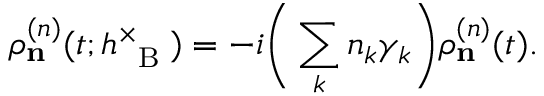
\rho _ { \bf n } ^ { ( n ) } ( t ; h _ { \mathrm { ~ \tiny ~ B ~ } } ^ { \times } ) = - i \bigg ( \sum _ { k } n _ { k } \gamma _ { k } \bigg ) \rho _ { \bf n } ^ { ( n ) } ( t ) .